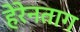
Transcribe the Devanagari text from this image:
हेरेनताग